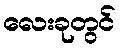
လေးခုတွင်